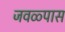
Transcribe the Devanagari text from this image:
जवळ्पास